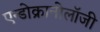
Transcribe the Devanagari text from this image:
एन्डोक्रानोलॉजी